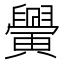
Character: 𦦴